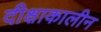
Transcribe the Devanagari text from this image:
दीक्षाकालीन